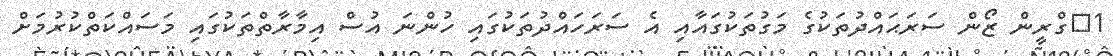
1	ގްރީން ޒޯން ސަރަޙައްދުތަކުގެ މަގުތަކުގައާއި އެ ސަރަހައްދުތަކުގައި ހުންނަ އުސް އިމާރާތްތަކުގައި މަސައްކަތްކުރުމަށް